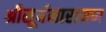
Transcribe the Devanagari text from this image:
श्रीसूर्यनारायण